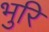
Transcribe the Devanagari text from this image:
भुरि